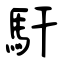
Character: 馯